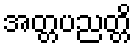
အတ္တပညတ္တိ